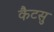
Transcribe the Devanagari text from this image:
कैटसु